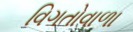
વિગતોવાળા